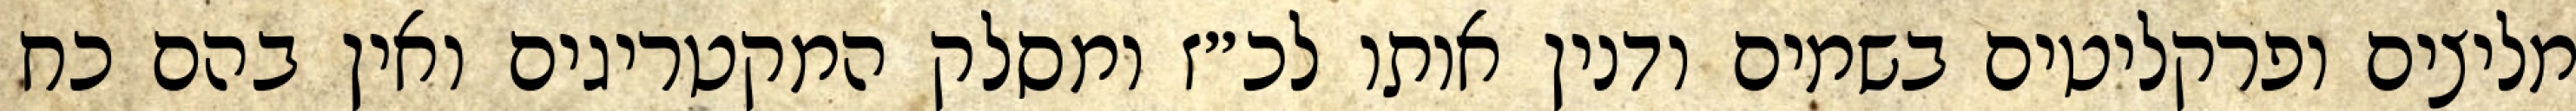
מליצים ופרקליטים בשמים ודנין אותו לכ״ז ומסלק המקטריגים ואין בהם כח